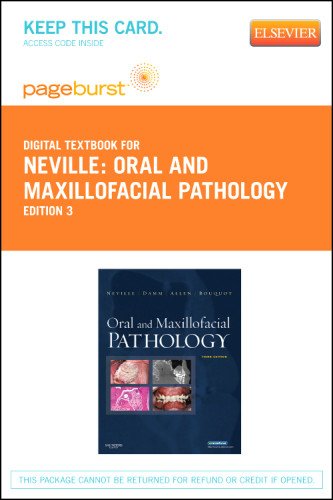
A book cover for Oral and Maxillofacial Pathology - Pageburst E-Book on VitalSource (Retail Access Card), 3e; Brad W. Neville DDS; Medical Books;